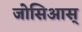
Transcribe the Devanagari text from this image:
जोसिआस्